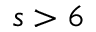
s > 6